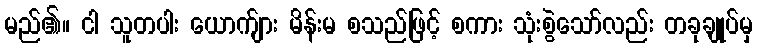
မည်၏။ ငါ သူတပါး ယောက်ျား မိန်းမ စသည်ဖြင့် စကား သုံးစွဲသော်လည်း တခုချုပ်မှ